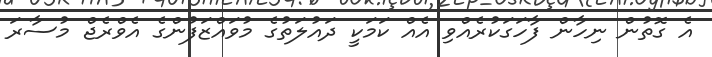
އެ ގޮތުން ނިހާން ފާހަގަކުރެއްވި އެއް ކަމަކީ ދައުލަތުގެ މުވައްޒަފުންގެ އެވްރެޖް މުސާރަ